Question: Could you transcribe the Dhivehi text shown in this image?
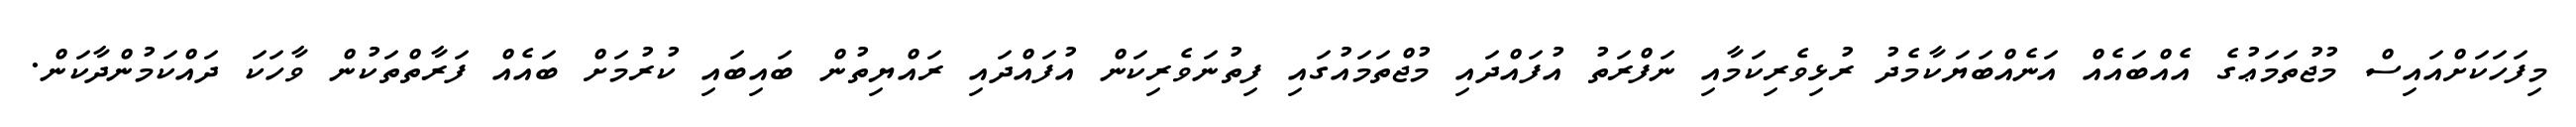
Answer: މިފަހަކަށްއައިސް މުޖުތަމަޢުގެ އެއްބައެއް އަނެއްބަޔަކާމެދު ރުޅިވެރިކަމާއި ނަފްރަތު އުފައްދައި މުޖްތަމައުގައި ފިތުނަވެރިކަން އުފައްދައި ރައްޔިތުން ބައިބައި ކުރުމަށް ބައެއް ފަރާތްތަކުން ވާހަކަ ދައްކަމުންދާކަން.